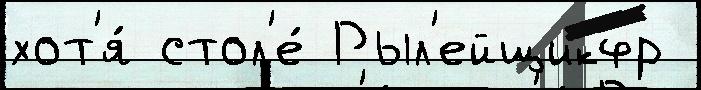
хот'я́ стол'е́ Рыл'ейщикфр